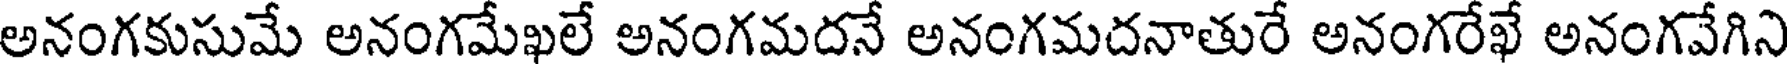
అనంగకుసుమే అనంగమేఖలే అనంగమదనే అనంగమదనాతురే అనంగరేఖే అనంగవేగిని